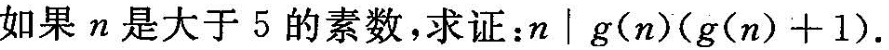
如果n是大于5的素数，求证：$$n│g(n)(g(n)+1)$$。